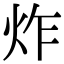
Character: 炸